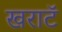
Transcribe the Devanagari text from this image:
खराटॅ